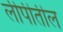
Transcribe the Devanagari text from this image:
लीपीतील